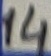
Text: 14